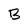
Character: B